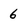
Character: 6